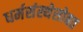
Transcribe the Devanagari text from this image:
धर्मसंस्थेसोबत